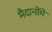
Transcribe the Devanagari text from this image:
मैदानोंमें